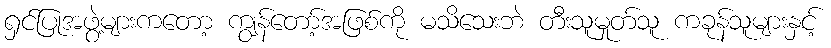
ရှင်ပြုအဖွဲ့များကတော့ ကျွန်တော့်အဖြစ်ကို မသိသေးဘဲ တီးသူမှုတ်သူ ကခုန်သူများနှင့်